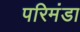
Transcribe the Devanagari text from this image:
परिमंडा